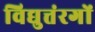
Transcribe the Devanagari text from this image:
विद्युत्तंरगों